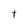
Character: t